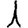
Digit: 1